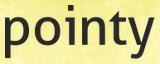
pointy